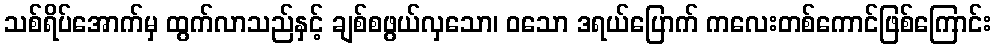
သစ်ရိပ်အောက်မှ ထွက်လာသည်နှင့် ချစ်စဖွယ်လှသော၊ ဝသော ဒရယ်ပြောက် ကလေးတစ်ကောင်ဖြစ်ကြောင်း